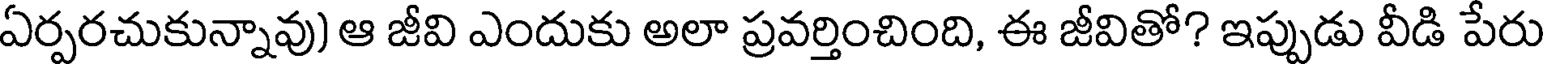
ఏర్పరచుకున్నావు) ఆ జీవి ఎందుకు అలా ప్రవర్తించింది, ఈ జీవితో? ఇప్పుడు వీడి పేరు